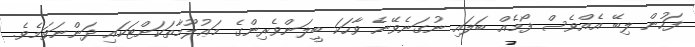
ފަހުން ލިބޭ އެއްވެސް ފޯމެއް ބަލައި ނުގަނެވޭނެ ވާހަކަ ބީލަންވެރިންގެ މަޢުލޫމާތަކަށްޓަކައި ދަންނަވަމެވެ.